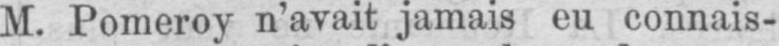
M. Pomeroy n’avait jamais eu connais-